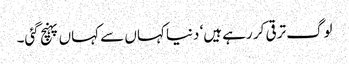
لوگ ترقی کر رہے ہیں‘ دنیا کہاں سے کہاں پہنچ گئی۔